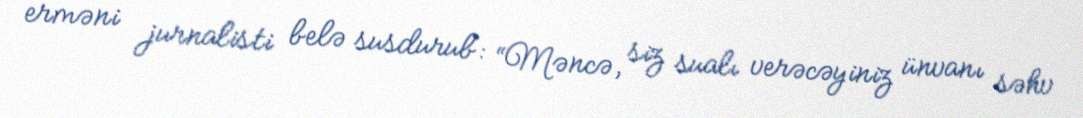
erməni jurnalisti belə susdurub: “Məncə, siz sualı verəcəyiniz ünvanı səhv